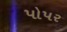
પોપર